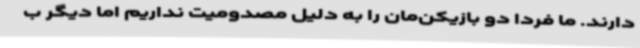
دارند. ما فردا دو بازیکن‌مان را به دلیل مصدومیت نداریم اما دیگر ب